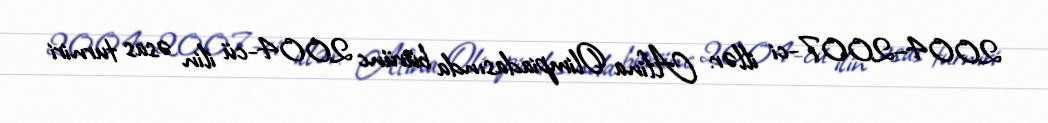
2004–2007-ci illər: Afina Olimpiadasında bürünc 2004-cü ilin əsas turniri